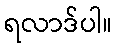
ရလာဒ်ပါ။